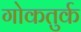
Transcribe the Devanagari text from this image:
गोकतुर्क